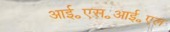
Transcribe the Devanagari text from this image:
आई॰एस॰आई॰एल